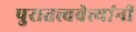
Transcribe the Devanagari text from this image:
पुरातत्त्ववेत्त्यांनी